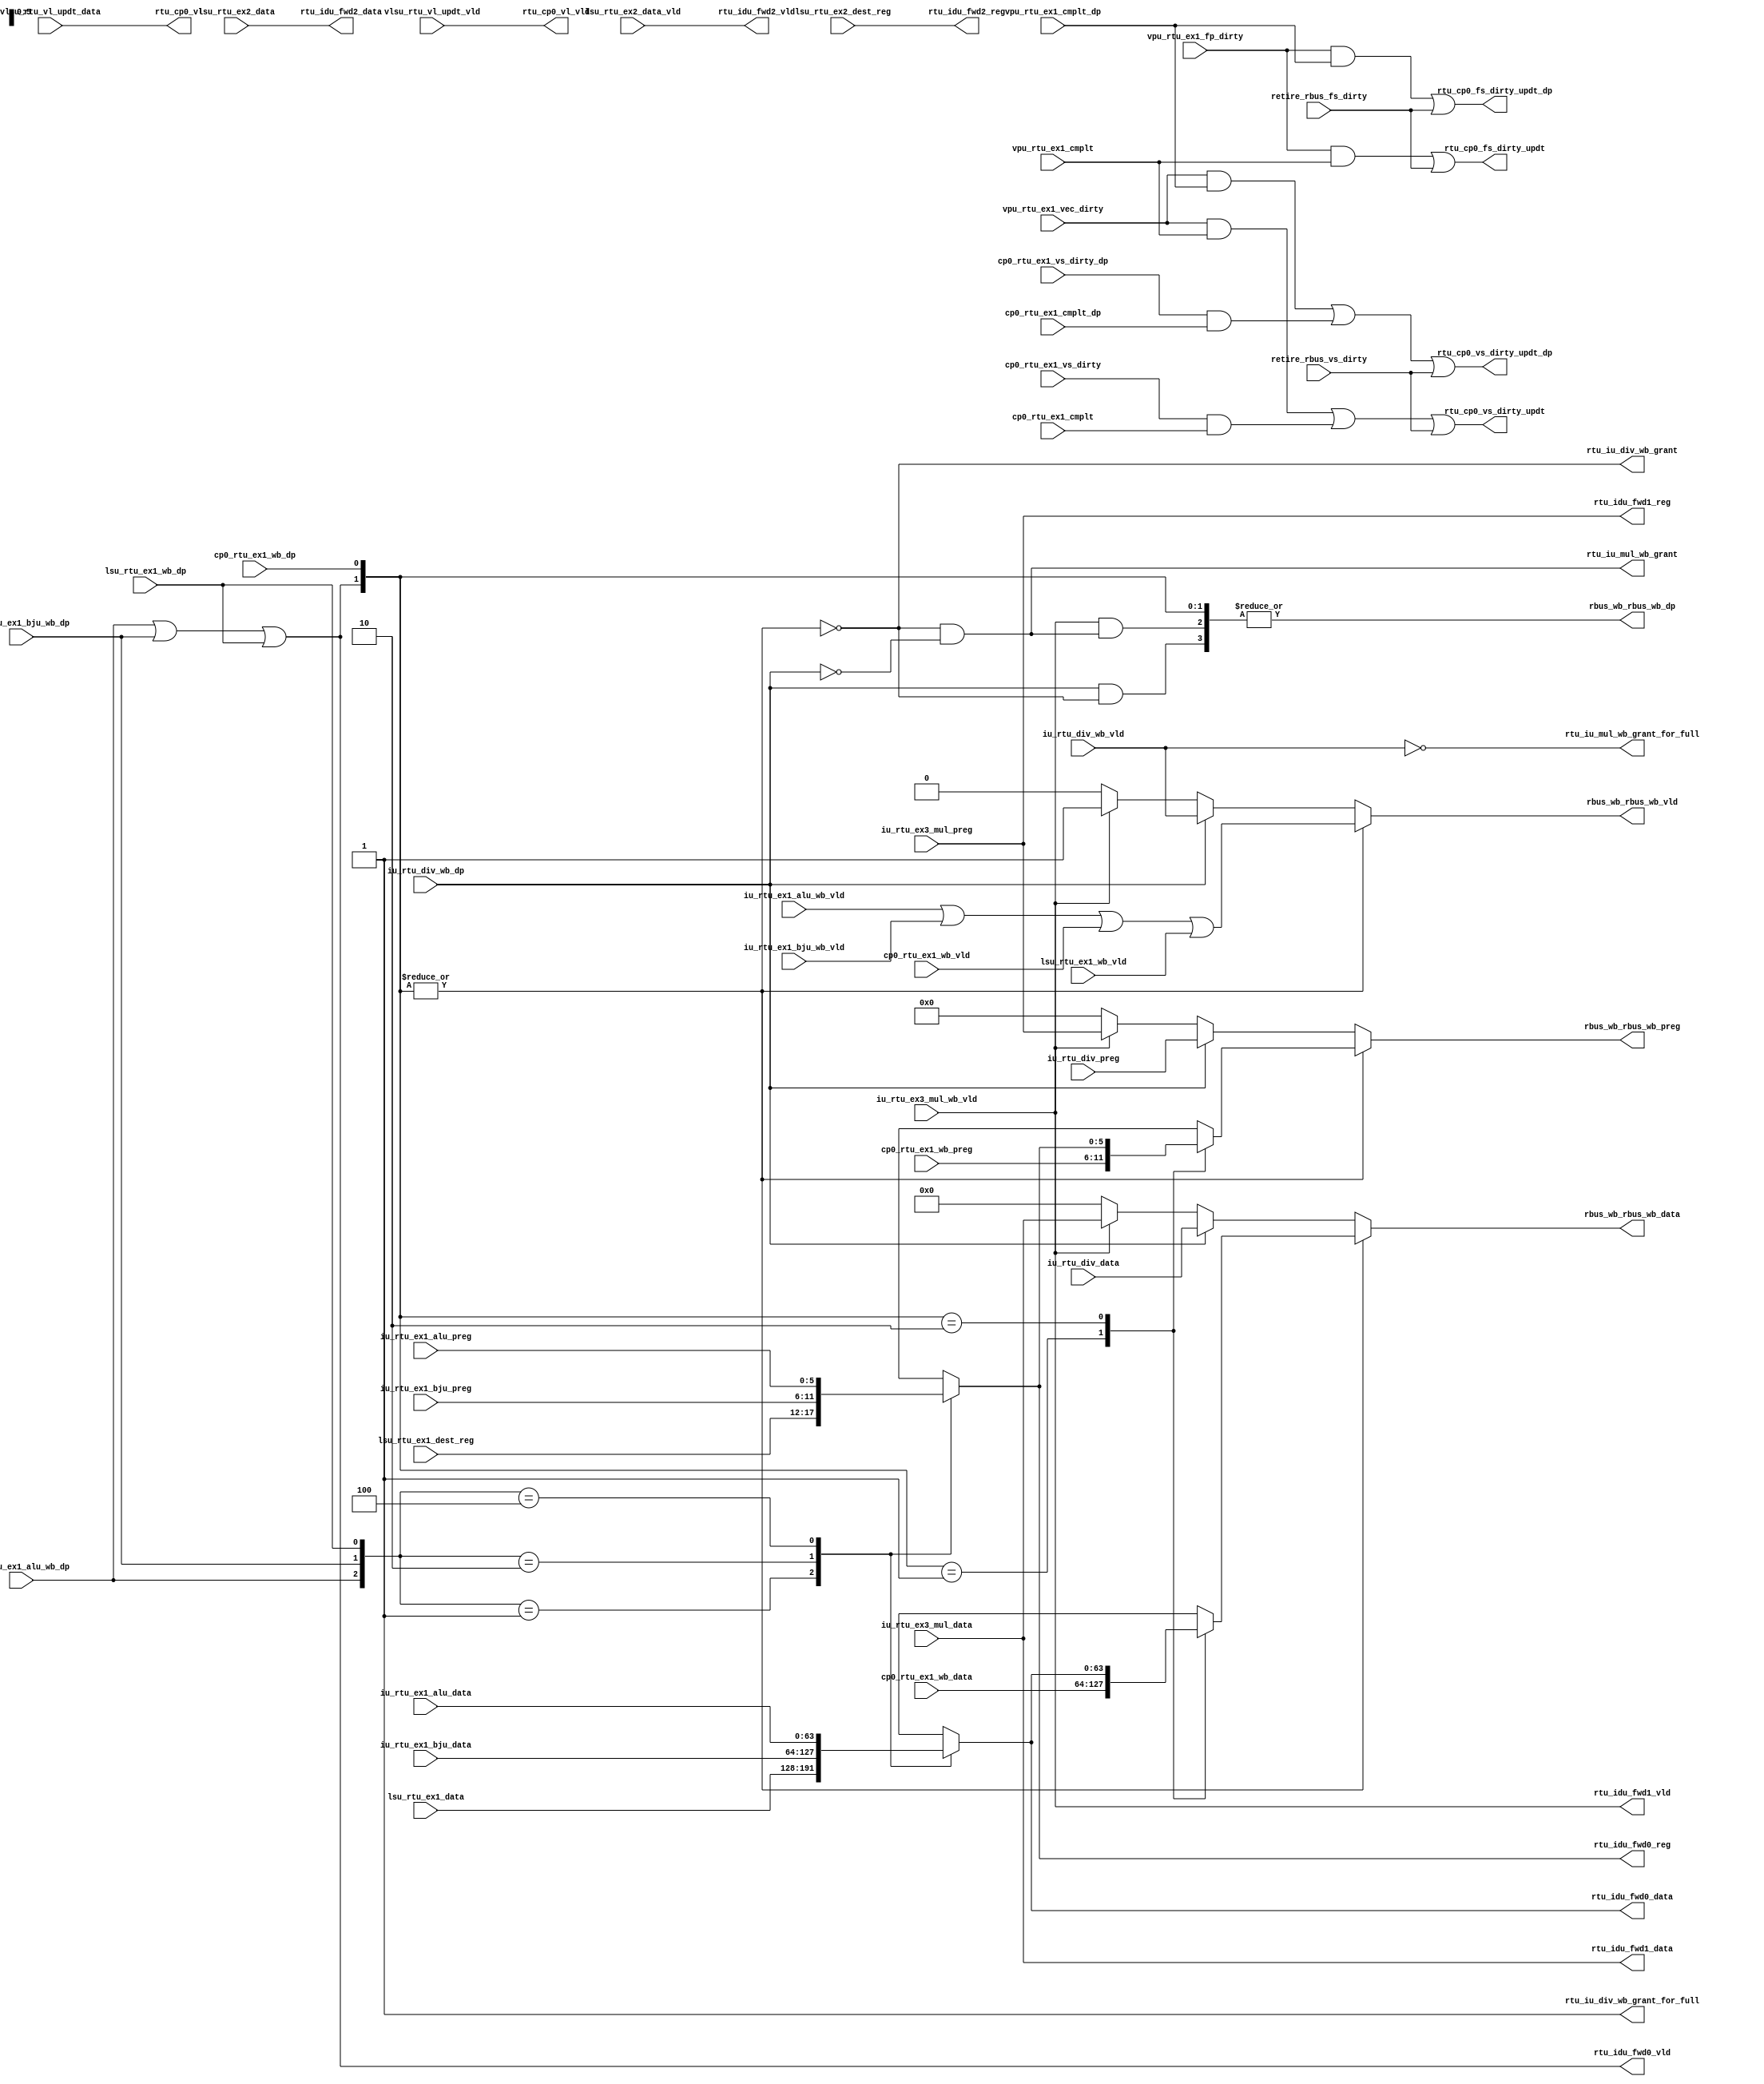
/*Copyright 2020-2021 T-Head Semiconductor Co., Ltd.

Licensed under the Apache License, Version 2.0 (the "License");
you may not use this file except in compliance with the License.
You may obtain a copy of the License at

    http://www.apache.org/licenses/LICENSE-2.0

Unless required by applicable law or agreed to in writing, software
distributed under the License is distributed on an "AS IS" BASIS,
WITHOUT WARRANTIES OR CONDITIONS OF ANY KIND, either express or implied.
See the License for the specific language governing permissions and
limitations under the License.
*/

// &ModuleBeg; @23
module aq_rtu_rbus(
  cp0_rtu_ex1_cmplt,
  cp0_rtu_ex1_cmplt_dp,
  cp0_rtu_ex1_vs_dirty,
  cp0_rtu_ex1_vs_dirty_dp,
  cp0_rtu_ex1_wb_data,
  cp0_rtu_ex1_wb_dp,
  cp0_rtu_ex1_wb_preg,
  cp0_rtu_ex1_wb_vld,
  iu_rtu_div_data,
  iu_rtu_div_preg,
  iu_rtu_div_wb_dp,
  iu_rtu_div_wb_vld,
  iu_rtu_ex1_alu_data,
  iu_rtu_ex1_alu_preg,
  iu_rtu_ex1_alu_wb_dp,
  iu_rtu_ex1_alu_wb_vld,
  iu_rtu_ex1_bju_data,
  iu_rtu_ex1_bju_preg,
  iu_rtu_ex1_bju_wb_dp,
  iu_rtu_ex1_bju_wb_vld,
  iu_rtu_ex3_mul_data,
  iu_rtu_ex3_mul_preg,
  iu_rtu_ex3_mul_wb_vld,
  lsu_rtu_ex1_data,
  lsu_rtu_ex1_dest_reg,
  lsu_rtu_ex1_wb_dp,
  lsu_rtu_ex1_wb_vld,
  lsu_rtu_ex2_data,
  lsu_rtu_ex2_data_vld,
  lsu_rtu_ex2_dest_reg,
  rbus_wb_rbus_wb_data,
  rbus_wb_rbus_wb_dp,
  rbus_wb_rbus_wb_preg,
  rbus_wb_rbus_wb_vld,
  retire_rbus_fs_dirty,
  retire_rbus_vs_dirty,
  rtu_cp0_fs_dirty_updt,
  rtu_cp0_fs_dirty_updt_dp,
  rtu_cp0_vl,
  rtu_cp0_vl_vld,
  rtu_cp0_vs_dirty_updt,
  rtu_cp0_vs_dirty_updt_dp,
  rtu_idu_fwd0_data,
  rtu_idu_fwd0_reg,
  rtu_idu_fwd0_vld,
  rtu_idu_fwd1_data,
  rtu_idu_fwd1_reg,
  rtu_idu_fwd1_vld,
  rtu_idu_fwd2_data,
  rtu_idu_fwd2_reg,
  rtu_idu_fwd2_vld,
  rtu_iu_div_wb_grant,
  rtu_iu_div_wb_grant_for_full,
  rtu_iu_mul_wb_grant,
  rtu_iu_mul_wb_grant_for_full,
  vlsu_rtu_vl_updt_data,
  vlsu_rtu_vl_updt_vld,
  vpu_rtu_ex1_cmplt,
  vpu_rtu_ex1_cmplt_dp,
  vpu_rtu_ex1_fp_dirty,
  vpu_rtu_ex1_vec_dirty
);


// &Ports; @25
input           cp0_rtu_ex1_cmplt;           
input           cp0_rtu_ex1_cmplt_dp;        
input           cp0_rtu_ex1_vs_dirty;        
input           cp0_rtu_ex1_vs_dirty_dp;     
input   [63:0]  cp0_rtu_ex1_wb_data;         
input           cp0_rtu_ex1_wb_dp;           
input   [5 :0]  cp0_rtu_ex1_wb_preg;         
input           cp0_rtu_ex1_wb_vld;          
input   [63:0]  iu_rtu_div_data;             
input   [5 :0]  iu_rtu_div_preg;             
input           iu_rtu_div_wb_dp;            
input           iu_rtu_div_wb_vld;           
input   [63:0]  iu_rtu_ex1_alu_data;         
input   [5 :0]  iu_rtu_ex1_alu_preg;         
input           iu_rtu_ex1_alu_wb_dp;        
input           iu_rtu_ex1_alu_wb_vld;       
input   [63:0]  iu_rtu_ex1_bju_data;         
input   [5 :0]  iu_rtu_ex1_bju_preg;         
input           iu_rtu_ex1_bju_wb_dp;        
input           iu_rtu_ex1_bju_wb_vld;       
input   [63:0]  iu_rtu_ex3_mul_data;         
input   [5 :0]  iu_rtu_ex3_mul_preg;         
input           iu_rtu_ex3_mul_wb_vld;       
input   [63:0]  lsu_rtu_ex1_data;            
input   [5 :0]  lsu_rtu_ex1_dest_reg;        
input           lsu_rtu_ex1_wb_dp;           
input           lsu_rtu_ex1_wb_vld;          
input   [63:0]  lsu_rtu_ex2_data;            
input           lsu_rtu_ex2_data_vld;        
input   [5 :0]  lsu_rtu_ex2_dest_reg;        
input           retire_rbus_fs_dirty;        
input           retire_rbus_vs_dirty;        
input   [7 :0]  vlsu_rtu_vl_updt_data;       
input           vlsu_rtu_vl_updt_vld;        
input           vpu_rtu_ex1_cmplt;           
input           vpu_rtu_ex1_cmplt_dp;        
input           vpu_rtu_ex1_fp_dirty;        
input           vpu_rtu_ex1_vec_dirty;       
output  [63:0]  rbus_wb_rbus_wb_data;        
output          rbus_wb_rbus_wb_dp;          
output  [5 :0]  rbus_wb_rbus_wb_preg;        
output          rbus_wb_rbus_wb_vld;         
output          rtu_cp0_fs_dirty_updt;       
output          rtu_cp0_fs_dirty_updt_dp;    
output  [7 :0]  rtu_cp0_vl;                  
output          rtu_cp0_vl_vld;              
output          rtu_cp0_vs_dirty_updt;       
output          rtu_cp0_vs_dirty_updt_dp;    
output  [63:0]  rtu_idu_fwd0_data;           
output  [5 :0]  rtu_idu_fwd0_reg;            
output          rtu_idu_fwd0_vld;            
output  [63:0]  rtu_idu_fwd1_data;           
output  [5 :0]  rtu_idu_fwd1_reg;            
output          rtu_idu_fwd1_vld;            
output  [63:0]  rtu_idu_fwd2_data;           
output  [5 :0]  rtu_idu_fwd2_reg;            
output          rtu_idu_fwd2_vld;            
output          rtu_iu_div_wb_grant;         
output          rtu_iu_div_wb_grant_for_full; 
output          rtu_iu_mul_wb_grant;         
output          rtu_iu_mul_wb_grant_for_full; 

// &Regs; @26
reg     [63:0]  rbus_ex1_data;               
reg     [63:0]  rbus_ex1_fwd_data;           
reg     [5 :0]  rbus_ex1_fwd_preg;           
reg     [5 :0]  rbus_ex1_preg;               
reg     [63:0]  rbus_wb_data;                
reg     [5 :0]  rbus_wb_preg;                
reg             rbus_wb_vld;                 

// &Wires; @27
wire            cp0_rtu_ex1_cmplt;           
wire            cp0_rtu_ex1_cmplt_dp;        
wire            cp0_rtu_ex1_vs_dirty;        
wire            cp0_rtu_ex1_vs_dirty_dp;     
wire    [63:0]  cp0_rtu_ex1_wb_data;         
wire            cp0_rtu_ex1_wb_dp;           
wire    [5 :0]  cp0_rtu_ex1_wb_preg;         
wire            cp0_rtu_ex1_wb_vld;          
wire    [63:0]  iu_rtu_div_data;             
wire    [5 :0]  iu_rtu_div_preg;             
wire            iu_rtu_div_wb_dp;            
wire            iu_rtu_div_wb_vld;           
wire    [63:0]  iu_rtu_ex1_alu_data;         
wire    [5 :0]  iu_rtu_ex1_alu_preg;         
wire            iu_rtu_ex1_alu_wb_dp;        
wire            iu_rtu_ex1_alu_wb_vld;       
wire    [63:0]  iu_rtu_ex1_bju_data;         
wire    [5 :0]  iu_rtu_ex1_bju_preg;         
wire            iu_rtu_ex1_bju_wb_dp;        
wire            iu_rtu_ex1_bju_wb_vld;       
wire    [63:0]  iu_rtu_ex3_mul_data;         
wire    [5 :0]  iu_rtu_ex3_mul_preg;         
wire            iu_rtu_ex3_mul_wb_vld;       
wire    [63:0]  lsu_rtu_ex1_data;            
wire    [5 :0]  lsu_rtu_ex1_dest_reg;        
wire            lsu_rtu_ex1_wb_dp;           
wire            lsu_rtu_ex1_wb_vld;          
wire    [63:0]  lsu_rtu_ex2_data;            
wire            lsu_rtu_ex2_data_vld;        
wire    [5 :0]  lsu_rtu_ex2_dest_reg;        
wire    [63:0]  rbus_alu_data;               
wire    [5 :0]  rbus_alu_reg;                
wire            rbus_alu_wb_dp;              
wire            rbus_alu_wb_vld;             
wire    [63:0]  rbus_bju_data;               
wire    [5 :0]  rbus_bju_reg;                
wire            rbus_bju_wb_dp;              
wire            rbus_bju_wb_vld;             
wire    [63:0]  rbus_cp0_data;               
wire    [5 :0]  rbus_cp0_reg;                
wire            rbus_cp0_wb_dp;              
wire            rbus_cp0_wb_vld;             
wire    [63:0]  rbus_div_data;               
wire    [5 :0]  rbus_div_preg;               
wire            rbus_div_wb_dp;              
wire            rbus_div_wb_grant;           
wire            rbus_div_wb_grant_for_full;  
wire            rbus_div_wb_vld;             
wire            rbus_ex1_alu_fwd_vld;        
wire            rbus_ex1_bju_fwd_vld;        
wire    [2 :0]  rbus_ex1_fwd_source_vld;     
wire            rbus_ex1_fwd_vld;            
wire            rbus_ex1_lsu_fwd_vld;        
wire            rbus_ex1_wb_dp;              
wire    [1 :0]  rbus_ex1_wb_source_vld;      
wire            rbus_ex1_wb_vld;             
wire    [63:0]  rbus_lsu_data;               
wire    [63:0]  rbus_lsu_fwd_data;           
wire    [5 :0]  rbus_lsu_fwd_preg;           
wire            rbus_lsu_fwd_vld;            
wire    [5 :0]  rbus_lsu_reg;                
wire            rbus_lsu_wb_dp;              
wire            rbus_lsu_wb_vld;             
wire    [63:0]  rbus_mul_data;               
wire    [63:0]  rbus_mul_fwd_data;           
wire    [5 :0]  rbus_mul_fwd_preg;           
wire            rbus_mul_fwd_vld;            
wire    [5 :0]  rbus_mul_preg;               
wire            rbus_mul_wb_dp;              
wire            rbus_mul_wb_grant;           
wire            rbus_mul_wb_grant_for_full;  
wire            rbus_mul_wb_vld;             
wire    [63:0]  rbus_wb_rbus_wb_data;        
wire            rbus_wb_rbus_wb_dp;          
wire    [5 :0]  rbus_wb_rbus_wb_preg;        
wire            rbus_wb_rbus_wb_vld;         
wire    [2 :0]  rbus_wb_source_vld;          
wire            rbus_wb_vld_dp;              
wire            retire_rbus_fs_dirty;        
wire            retire_rbus_vs_dirty;        
wire            rtu_cp0_fs_dirty_updt;       
wire            rtu_cp0_fs_dirty_updt_dp;    
wire    [7 :0]  rtu_cp0_vl;                  
wire            rtu_cp0_vl_vld;              
wire            rtu_cp0_vs_dirty_updt;       
wire            rtu_cp0_vs_dirty_updt_dp;    
wire    [63:0]  rtu_idu_fwd0_data;           
wire    [5 :0]  rtu_idu_fwd0_reg;            
wire            rtu_idu_fwd0_vld;            
wire    [63:0]  rtu_idu_fwd1_data;           
wire    [5 :0]  rtu_idu_fwd1_reg;            
wire            rtu_idu_fwd1_vld;            
wire    [63:0]  rtu_idu_fwd2_data;           
wire    [5 :0]  rtu_idu_fwd2_reg;            
wire            rtu_idu_fwd2_vld;            
wire            rtu_iu_div_wb_grant;         
wire            rtu_iu_div_wb_grant_for_full; 
wire            rtu_iu_mul_wb_grant;         
wire            rtu_iu_mul_wb_grant_for_full; 
wire    [7 :0]  vlsu_rtu_vl_updt_data;       
wire            vlsu_rtu_vl_updt_vld;        
wire            vpu_rtu_ex1_cmplt;           
wire            vpu_rtu_ex1_cmplt_dp;        
wire            vpu_rtu_ex1_fp_dirty;        
wire            vpu_rtu_ex1_vec_dirty;       


//==========================================================
//                         Forward
//==========================================================
// Forward source:
//   * EX1 ALU & EX1 BJU & EX1 LSU
//   * MUL
//   * LSU

//----------------------------------------------------------
//                       EX1 Forward
//----------------------------------------------------------
// EX1 Forward includes:
//   * EX1 ALU
//   * EX1 BJU
//   * EX1 LSU
assign rbus_ex1_fwd_source_vld[2:0] = {rbus_alu_wb_dp,
                                       rbus_bju_wb_dp,
                                       rbus_lsu_wb_dp};

// &CombBeg; @48
always @( rbus_ex1_fwd_source_vld[2:0]
       or rbus_lsu_data[63:0]
       or rbus_alu_reg[5:0]
       or rbus_bju_reg[5:0]
       or rbus_alu_data[63:0]
       or rbus_lsu_reg[5:0]
       or rbus_bju_data[63:0])
begin
  case(rbus_ex1_fwd_source_vld[2:0])
    3'b001: // LSU
    begin
      rbus_ex1_fwd_preg[5:0]  = rbus_lsu_reg[5:0];
      rbus_ex1_fwd_data[63:0] = rbus_lsu_data[63:0];
    end
    3'b010: // BJU
    begin
      rbus_ex1_fwd_preg[5:0]  = rbus_bju_reg[5:0];
      rbus_ex1_fwd_data[63:0] = rbus_bju_data[63:0];
    end
    3'b100: // ALU
    begin
      rbus_ex1_fwd_preg[5:0]  = rbus_alu_reg[5:0];
      rbus_ex1_fwd_data[63:0] = rbus_alu_data[63:0];
    end
    default:
    begin
      rbus_ex1_fwd_preg[5:0]  = {6{1'bx}};
      rbus_ex1_fwd_data[63:0] = {64{1'bx}};
    end
  endcase
// &CombEnd; @71
end

assign rbus_ex1_alu_fwd_vld = iu_rtu_ex1_alu_wb_dp;
assign rbus_ex1_bju_fwd_vld = iu_rtu_ex1_bju_wb_dp;
assign rbus_ex1_lsu_fwd_vld = lsu_rtu_ex1_wb_dp;

assign rbus_ex1_fwd_vld        = rbus_ex1_alu_fwd_vld
                              || rbus_ex1_bju_fwd_vld
                              || rbus_ex1_lsu_fwd_vld;

//----------------------------------------------------------
//                       MUL Forward
//----------------------------------------------------------
assign rbus_mul_fwd_vld        = iu_rtu_ex3_mul_wb_vld;
assign rbus_mul_fwd_preg[5:0]  = iu_rtu_ex3_mul_preg[5:0];
assign rbus_mul_fwd_data[63:0] = iu_rtu_ex3_mul_data[63:0];

//----------------------------------------------------------
//                       LSU Forward
//----------------------------------------------------------
assign rbus_lsu_fwd_vld        = lsu_rtu_ex2_data_vld;
assign rbus_lsu_fwd_preg[5:0]  = lsu_rtu_ex2_dest_reg[5:0];
assign rbus_lsu_fwd_data[63:0] = lsu_rtu_ex2_data[63:0];

//==========================================================
//                    WriteBack Arbiter
//==========================================================
// 1. ex1 data
// 2. div data
// 3. mul data
// 4. vector (in WB)

//----------------------------------------------------------
//                      EX1 WriteBack
//----------------------------------------------------------
// 1. ALU
// 2. BJU
// 3. CP0
// 4. EX1 LSU
assign rbus_alu_wb_dp      = iu_rtu_ex1_alu_wb_dp;
assign rbus_alu_wb_vld     = iu_rtu_ex1_alu_wb_vld;
assign rbus_alu_reg[5:0]   = iu_rtu_ex1_alu_preg[5:0];
assign rbus_alu_data[63:0] = iu_rtu_ex1_alu_data[63:0];

assign rbus_bju_wb_dp      = iu_rtu_ex1_bju_wb_dp;
assign rbus_bju_wb_vld     = iu_rtu_ex1_bju_wb_vld;
assign rbus_bju_reg[5:0]   = iu_rtu_ex1_bju_preg[5:0];
assign rbus_bju_data[63:0] = iu_rtu_ex1_bju_data[63:0];

assign rbus_cp0_wb_dp      = cp0_rtu_ex1_wb_dp;
assign rbus_cp0_wb_vld     = cp0_rtu_ex1_wb_vld;
assign rbus_cp0_reg[5:0]   = cp0_rtu_ex1_wb_preg[5:0];
assign rbus_cp0_data[63:0] = cp0_rtu_ex1_wb_data[63:0];

assign rbus_lsu_wb_dp      = lsu_rtu_ex1_wb_dp;
assign rbus_lsu_wb_vld     = lsu_rtu_ex1_wb_vld;
assign rbus_lsu_reg[5:0]   = lsu_rtu_ex1_dest_reg[5:0];
assign rbus_lsu_data[63:0] = lsu_rtu_ex1_data[63:0];

// fwd_vld includes: alu_wb_dp, bju_wb_dp, lsu_wb_dp.
assign rbus_ex1_wb_source_vld[1:0] = {rbus_ex1_fwd_vld,
                                      rbus_cp0_wb_dp};

assign rbus_ex1_wb_dp  = |rbus_ex1_wb_source_vld[1:0];
assign rbus_ex1_wb_vld = rbus_alu_wb_vld
                      || rbus_bju_wb_vld
                      || rbus_cp0_wb_vld
                      || rbus_lsu_wb_vld;

// &CombBeg; @140
always @( rbus_cp0_data[63:0]
       or rbus_cp0_reg[5:0]
       or rbus_ex1_fwd_data[63:0]
       or rbus_ex1_wb_source_vld[1:0]
       or rbus_ex1_fwd_preg[5:0])
begin
  case(rbus_ex1_wb_source_vld[1:0])
    2'b01: // CP0
    begin
      rbus_ex1_preg[5:0]  = rbus_cp0_reg[5:0];
      rbus_ex1_data[63:0] = rbus_cp0_data[63:0];
    end
    2'b10: // ALU, BJU, LSU
    begin
      rbus_ex1_preg[5:0]  = rbus_ex1_fwd_preg[5:0];
      rbus_ex1_data[63:0] = rbus_ex1_fwd_data[63:0];
    end
    default:
    begin
      rbus_ex1_preg[5:0]  = {6{1'bx}};
      rbus_ex1_data[63:0] = {64{1'bx}};
    end
  endcase
// &CombEnd; @158
end

assign rbus_div_wb_dp      = iu_rtu_div_wb_dp;
assign rbus_div_wb_vld     = iu_rtu_div_wb_vld;
assign rbus_div_preg[5:0]  = iu_rtu_div_preg[5:0];
assign rbus_div_data[63:0] = iu_rtu_div_data[63:0];

assign rbus_mul_wb_dp      = iu_rtu_ex3_mul_wb_vld;
assign rbus_mul_wb_vld     = iu_rtu_ex3_mul_wb_vld;
assign rbus_mul_preg[5:0]  = iu_rtu_ex3_mul_preg[5:0];
assign rbus_mul_data[63:0] = iu_rtu_ex3_mul_data[63:0];

//----------------------------------------------------------
//                         Arbiter
//----------------------------------------------------------
assign rbus_wb_source_vld[2:0] = {rbus_ex1_wb_dp,
                                  rbus_div_wb_dp && rbus_div_wb_grant,
                                  rbus_mul_wb_dp && rbus_mul_wb_grant};
assign rbus_wb_vld_dp = |rbus_wb_source_vld[2:0];

// &CombBeg; @178
always @( rbus_div_wb_dp
       or rbus_mul_wb_vld
       or rbus_ex1_wb_vld
       or rbus_div_wb_vld
       or rbus_ex1_wb_dp
       or rbus_mul_data[63:0]
       or rbus_div_preg[5:0]
       or rbus_ex1_preg[5:0]
       or rbus_mul_wb_dp
       or rbus_ex1_data[63:0]
       or rbus_mul_preg[5:0]
       or rbus_div_data[63:0])
begin
  if (rbus_ex1_wb_dp) begin
    rbus_wb_vld         = rbus_ex1_wb_vld;
    rbus_wb_preg[5:0]   = rbus_ex1_preg[5:0];
    rbus_wb_data[63:0]  = rbus_ex1_data[63:0];
  end
  else if (rbus_div_wb_dp) begin
    rbus_wb_vld         = rbus_div_wb_vld;
    rbus_wb_preg[5:0]   = rbus_div_preg[5:0];
    rbus_wb_data[63:0]  = rbus_div_data[63:0];
  end
  else if (rbus_mul_wb_dp) begin
    rbus_wb_vld         = rbus_mul_wb_vld;
    rbus_wb_preg[5:0]   = rbus_mul_preg[5:0];
    rbus_wb_data[63:0]  = rbus_mul_data[63:0];
  end
  else begin
    rbus_wb_vld         = 1'b0;
    rbus_wb_preg[5:0]   = 6'b0;
    rbus_wb_data[63:0]  = 64'b0;
  end
// &CombEnd; @199
end

//----------------------------------------------------------
//                     WriteBack Grant
//----------------------------------------------------------
assign rbus_div_wb_grant = !rbus_ex1_wb_dp;
assign rbus_mul_wb_grant = !rbus_ex1_wb_dp && !rbus_div_wb_dp;

assign rbus_div_wb_grant_for_full = 1'b1;
assign rbus_mul_wb_grant_for_full = !rbus_div_wb_vld;

//==========================================================
//                          Output
//==========================================================
//----------------------------------------------------------
//                         For IDU
//----------------------------------------------------------
assign rtu_idu_fwd0_vld        = rbus_ex1_fwd_vld;
assign rtu_idu_fwd0_reg[5:0]   = rbus_ex1_fwd_preg[5:0];
assign rtu_idu_fwd0_data[63:0] = rbus_ex1_fwd_data[63:0];

assign rtu_idu_fwd1_vld        = rbus_mul_fwd_vld;
assign rtu_idu_fwd1_reg[5:0]   = rbus_mul_fwd_preg[5:0];
assign rtu_idu_fwd1_data[63:0] = rbus_mul_fwd_data[63:0];

assign rtu_idu_fwd2_vld        = rbus_lsu_fwd_vld;
assign rtu_idu_fwd2_reg[5:0]   = rbus_lsu_fwd_preg[5:0];
assign rtu_idu_fwd2_data[63:0] = rbus_lsu_fwd_data[63:0];

//----------------------------------------------------------
//                         For RTU
//----------------------------------------------------------
assign rbus_wb_rbus_wb_vld         = rbus_wb_vld;
assign rbus_wb_rbus_wb_dp          = rbus_wb_vld_dp;
assign rbus_wb_rbus_wb_preg[5:0]   = rbus_wb_preg[5:0];
assign rbus_wb_rbus_wb_data[63:0]  = rbus_wb_data[63:0];

//----------------------------------------------------------
//                          For IU
//----------------------------------------------------------
assign rtu_iu_div_wb_grant = rbus_div_wb_grant;
assign rtu_iu_mul_wb_grant = rbus_mul_wb_grant;

assign rtu_iu_div_wb_grant_for_full = rbus_div_wb_grant_for_full;
assign rtu_iu_mul_wb_grant_for_full = rbus_mul_wb_grant_for_full;

//----------------------------------------------------------
//                         For CP0
//----------------------------------------------------------
assign rtu_cp0_vl_vld      = vlsu_rtu_vl_updt_vld;
assign rtu_cp0_vl[7:0]     = vlsu_rtu_vl_updt_data[7:0];

assign rtu_cp0_fs_dirty_updt    = vpu_rtu_ex1_fp_dirty && vpu_rtu_ex1_cmplt
                               || retire_rbus_fs_dirty;
assign rtu_cp0_fs_dirty_updt_dp = vpu_rtu_ex1_fp_dirty && vpu_rtu_ex1_cmplt_dp
                               || retire_rbus_fs_dirty;

assign rtu_cp0_vs_dirty_updt    = vpu_rtu_ex1_vec_dirty && vpu_rtu_ex1_cmplt
                               || cp0_rtu_ex1_vs_dirty  && cp0_rtu_ex1_cmplt
                               || retire_rbus_vs_dirty;
assign rtu_cp0_vs_dirty_updt_dp = vpu_rtu_ex1_vec_dirty && vpu_rtu_ex1_cmplt_dp
                               || cp0_rtu_ex1_vs_dirty_dp && cp0_rtu_ex1_cmplt_dp
                               || retire_rbus_vs_dirty;

// &ModuleEnd; @263
endmodule